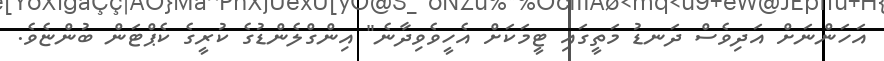
އަހަންނަށް އަދިވެސް ދަނޑު މަތީގައި ޓީމަކަށް އެހީވެވިދާނެ" އިންގްލެންޑުގެ ކުރީގެ ކެޕްޓަން ބުންޏެވެ.